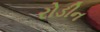
રોડીન